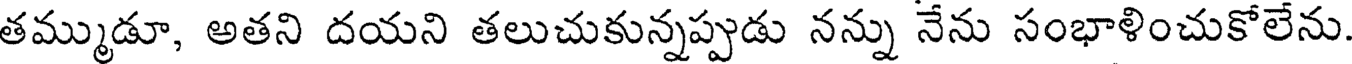
తమ్ముడూ, అతని దయని తలుచుకున్నప్పుడు నన్ను నేను సంభాళించుకోలేను.